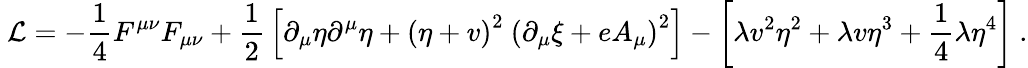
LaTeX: \ {\mathcal{L}}=-{\frac{1}{4}}F^{\mu\nu}F_{\mu\nu}+{\frac{1}{2}}\left[\partial_{\mu}\eta\partial^{\mu}\eta+\left(\eta+v\right)^{2}\ \left(\partial_{\mu}\xi+eA_{\mu}\right)^{2}\right]-\left[\lambda v^{2}\eta^{2}+\lambda v\eta^{3}+{\frac{1}{4}}\lambda\eta^{4}\right]~.